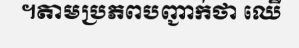
។តាមប្រភពបញ្ជាក់ថា ឈើ